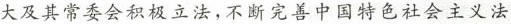
大及其常委会积极立法，不断完善中国特色社会主义法